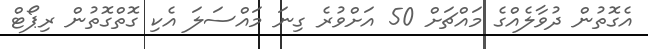
އެގޮތުން ދުވާލެއްގެ މައްޗަށް 50 އަށްވުރެ ގިނަ މައްސަލަ އެކި ގޮތްގޮތުން ރިޕޯޓް